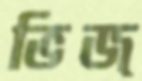
ভিজ্